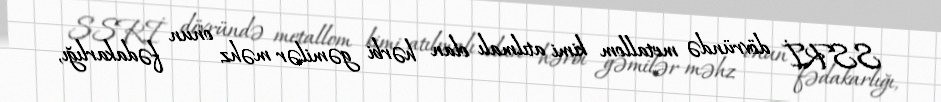
SSRİ dövründə metallom kimi atılmalı olan hərbi gəmilər məhz onun fədakarlığı,